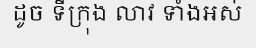
ដូច ទីក្រុង លាវ ទាំងអស់